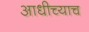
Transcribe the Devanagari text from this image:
आधीच्याच